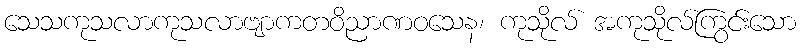
သေသကုသလာကုသလာဗျာကတဝိညာဏဝသေန၊ ကုသိုလ် အကုသိုလ်ကြွင်းသော